Report on the cholera epidemic of
Year: 1868
Disease focus: Cholera
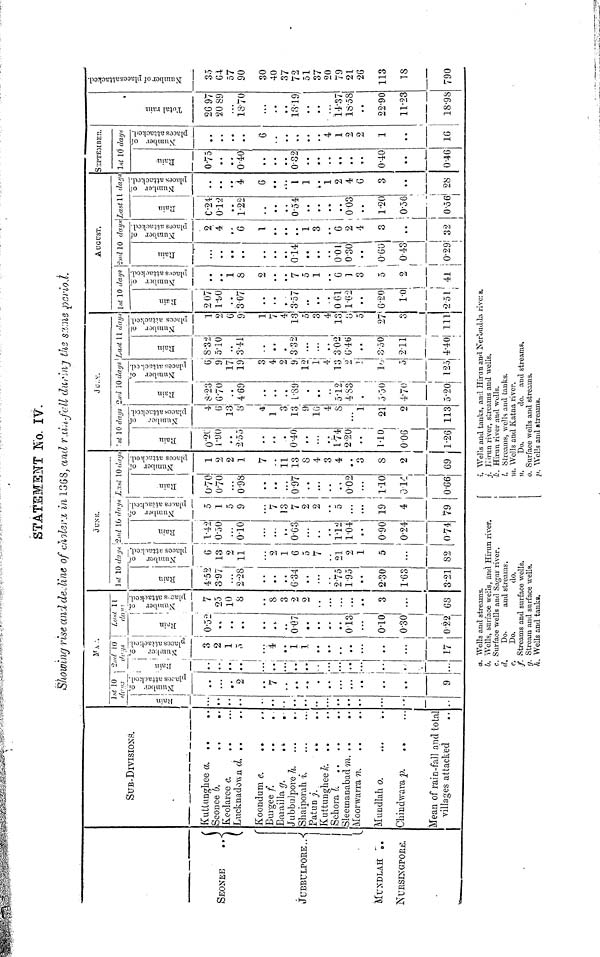
STATEMENT N0. IV.
Showing rise and decline of cholera in 1868, and rain-fall during the same periot.
SUB-DIVISIONS.
SEONEE
JUBBULPORE
MUNDLAH
NURSINGPORE.
Kuttunghee a. •• ••.
Seonee
b.
••
••
Keolaree c. •• •••
Lucknadown d. •• ••
Koondum e •• ••
Burgee f. •• ••
Barailla g.
••
••
Jubbulpore h.
••
••.
Shaiporah i.
••.
••
Patun j.
••
••
Kuttunghee h •• ••
Sehora I.
••
••
••
Sleemanabad m •• ••
Moorwarra n. •• ••
Mundlah o. ... ..
Chindwara p. •• •••
Mean of rain-fall and total
villages attacked ..
...
..
..
..
..
..
..
..
..
..
..
..
..
..
..
..
..
m •
2
7
• •
..
..
..
..
9
• »
3
.. 2
.. 1
• •
.. 4
...
• •
...
..
...
..
...
• •
1
1
• •
..
...
..
...
17
0.52 7
..
••
• %
..
0.07
• •
* •
0.13
0.10
0.30
0.22
25
10
8
S
3
2
2
...
3
...
68
4.52
397
...
2.28
• •
6.34
..
...
275
1.95
230
1.63
3.21
c
13
2
11
9,
1
(5
5
7
21
2
1
5
82
1.42
0.50
...
010
t •
0G3
..
1.12
1.04
• •
090
024
0.74
5
1
5
9
7
13
7
2
2
5
...
19
4
79
a. Wells and streams.
b. Wells, surface wells, and Hirun river.
c. Surface wells and Sagur river.
d.
Do.
and streams.
e.
Do.
do.
f. Streams and surface wells.
g. Stream and surface wells.
h. Wells and tanks,
0.70
0.70
...
0.98
0.97
• •
• ••
• «
002
1.10
0.14
0.66
1
2
2
1
7
11
13
8
4
3
4
• •
3
8
2
69
0.2C
1.90
..
2.55
•
0.40
• •
...
• •
1.74
2.20
• •
110
0.06
1.26
4
G
13
8
4
1
3
13
9
10
4
S
...
1
21
2
113
8.23
6.70
••
4.69
• •
• •
L.89
• •
5.12
4.83
•
6.50
4.70
5.20
G
9
17
19
3
4
2
9
12
1
4
13
2
1
1
125
8.32
5.10
3.41
• •
•
3 32
...
3.02
6.46
••
350
211
4.40
1
2
6
9
1
7
4
13
5
3
4
13
o
0
27
3
111
2 07
1.90
• •
3.07
9 •
357
.,
• •
0 61
1.62
• •
6.20
1.0
2 51
• •
• •
1
8
9,
.
7
5
1
..
G
1
3
5
2
i
• •
9 •
014
• •
..
0.01
0.30
..
0.60
0.43
0.29
2
4
G
1
,.
1
3
..
G
2
4
3
• •
!
32
1
C.24
0.1.2
1.22
0.54
9 9
..
• 9
9 •
0.03
9 9
l.20
0.56
0.56
9 9
9 9
4
6
1
1
..
1
2
4
G
3
i
i
>! 28
0.75
• •
040
032
••
• •
• •
• •
• •
••
0•40
• •
U•46
• 9
••
9 9
0
• •
• •
..
4
1
2
2
1
• •
16
26 97
20 89
18•70
18•19
• •
...
14•37
18•58
• 9
22•90
11•23
18•98
35
64
57
90
30
40
37
72
51
37
20
79
21.
26
113
18
790
[
i. Wells and tanks, and Hirun and Nerbudda rivers.
j. Eirun river, streams and wells,
k. Hirun river and wells.
I. Streams, wells and tanks.
m. Wells and Katna river.
n.
Do.
do. and streams*
o. Surface wells and streams.
P. Wells and streams.